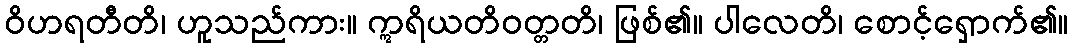
ဝိဟရတီတိ၊ ဟူသည်ကား။ ဣရိယတိဝတ္တတိ၊ ဖြစ်၏။ ပါလေတိ၊ စောင့်ရှောက်၏။